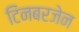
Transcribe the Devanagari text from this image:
टिनबरजेन